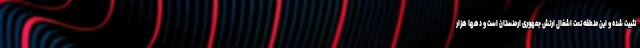
تثبیت شده و این منطقه تحت اشغال ارتش جمهوری ارمنستان است و دهها هزار